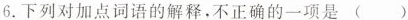
6.下列对加点词语的解释，不正确的一项是 ( )